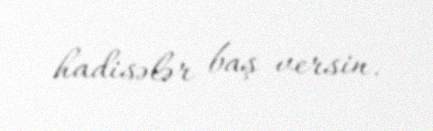
hadisələr baş versin.